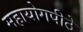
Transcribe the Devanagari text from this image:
महायोगपीठे